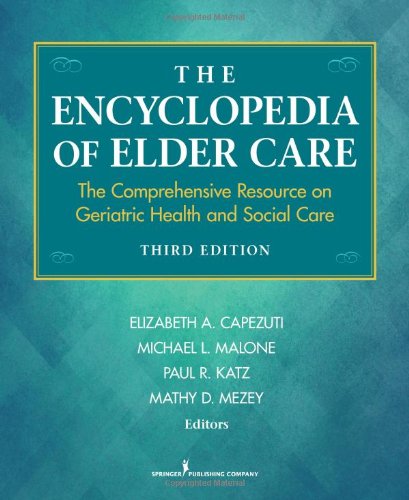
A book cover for The Encyclopedia of Elder Care: The Comprehensive Resource on Geriatric Health and Social Care, Third Edition (Capezuti, Encyclopedia of Elder Care); Medical Books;